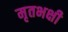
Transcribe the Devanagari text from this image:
मृतभक्षी